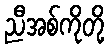
ညီအစ်ကိုတို့